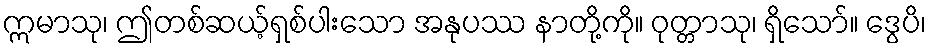
ဣမာသု၊ ဤတစ်ဆယ့်ရှစ်ပါးသော အနုပဿ နာတို့ကို။ ဝုတ္တာသု၊ ရှိသော်။ ဒွေပိ၊